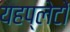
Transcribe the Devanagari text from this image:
यहप्लेटों